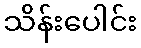
သိန်းပေါင်း